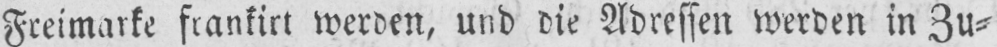
Freimarke frankirt werden, und die Adressen werden in Zu⸗